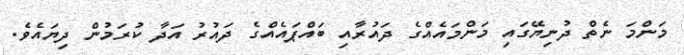
މަންމަ ނެތް ދުނިޔޭގައި މަންމައެއްގެ ދައުރާއި ބައްޕައެއްގެ ދައުރު އަދާ ކުރަމުން ދިޔައެވެ.